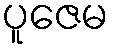
ပူဇေမ